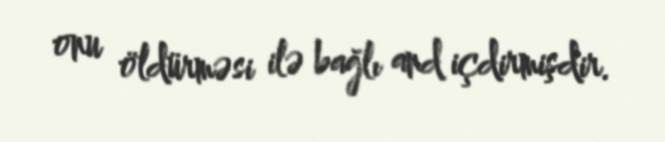
onu öldürməsi ilə bağlı and içdirmişdir.